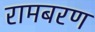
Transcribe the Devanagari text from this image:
रामबरण